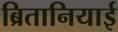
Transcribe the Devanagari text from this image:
ब्रितानियाई